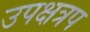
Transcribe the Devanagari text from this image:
उपक्षत्रप